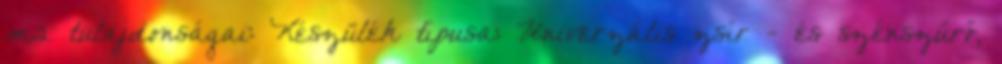
m2 tulajdonságai: Készülék típusa: Univerzális zsí­r - és szénszűrő,